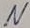
Text: N